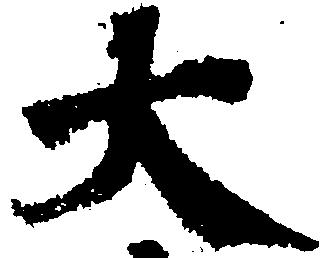
大